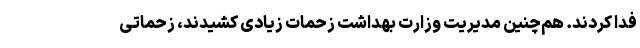
فدا کردند. هم‌چنین مدیریت وزارت بهداشت زحمات زیادی کشیدند، زحماتی